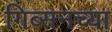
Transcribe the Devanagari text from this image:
गिब्सनच्या